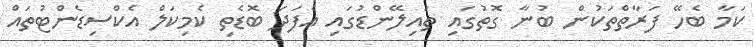
ކަމާ ބެހޭ ފަރާތްތަކުން ބުނާ ގޮތުގައި ތައިލޭންޑުގައި އެފަދަ ބޮޑެތި ކެމިކަލް އެކްސިޑެންޓުތައް